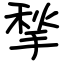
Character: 揫